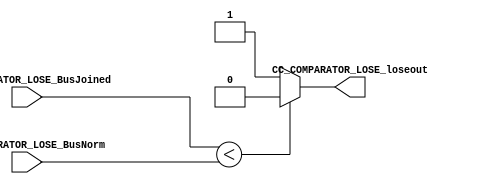

//=======================================================
//  MODULE Definition
//=======================================================

module CC_COMPARATOR_LOSE
(

CC_COMPARATOR_LOSE_BusJoined,
CC_COMPARATOR_LOSE_BusNorm,

CC_COMPARATOR_LOSE_loseout

);

//=======================================================
//  PARAMETER declarations
//=======================================================

//=======================================================
//  PORT declarations
//=======================================================

input wire[7:0] CC_COMPARATOR_LOSE_BusJoined;
input wire[7:0] CC_COMPARATOR_LOSE_BusNorm;

output wire CC_COMPARATOR_LOSE_loseout;

//=======================================================
//  REG/WIRE declarations
//=======================================================

reg lose_signal;

//=======================================================
//  Structural coding
//=======================================================

always @(*)
begin
	if (CC_COMPARATOR_LOSE_BusJoined < CC_COMPARATOR_LOSE_BusNorm)
		lose_signal = 1'b0;
	else
		lose_signal = 1'b1;
end

assign CC_COMPARATOR_LOSE_loseout = lose_signal;

endmodule